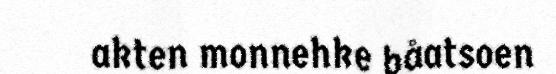
akten monnehke båatsoen